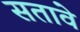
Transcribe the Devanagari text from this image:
सतावे